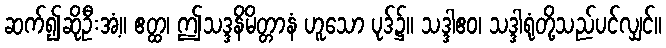
ဆက်၍ဆိုဦးအံ့။ ဧတ္ထ၊ ဤသဒ္ဒနိမိတ္တာနံ ဟူသော ပုဒ်၌။ သဒ္ဒါဧဝ၊ သဒ္ဒါရုံတို့သည်ပင်လျှင်။